65_HS1-834228961_62-HQ-83894_Serial_164
Agency: FBI
Page 24
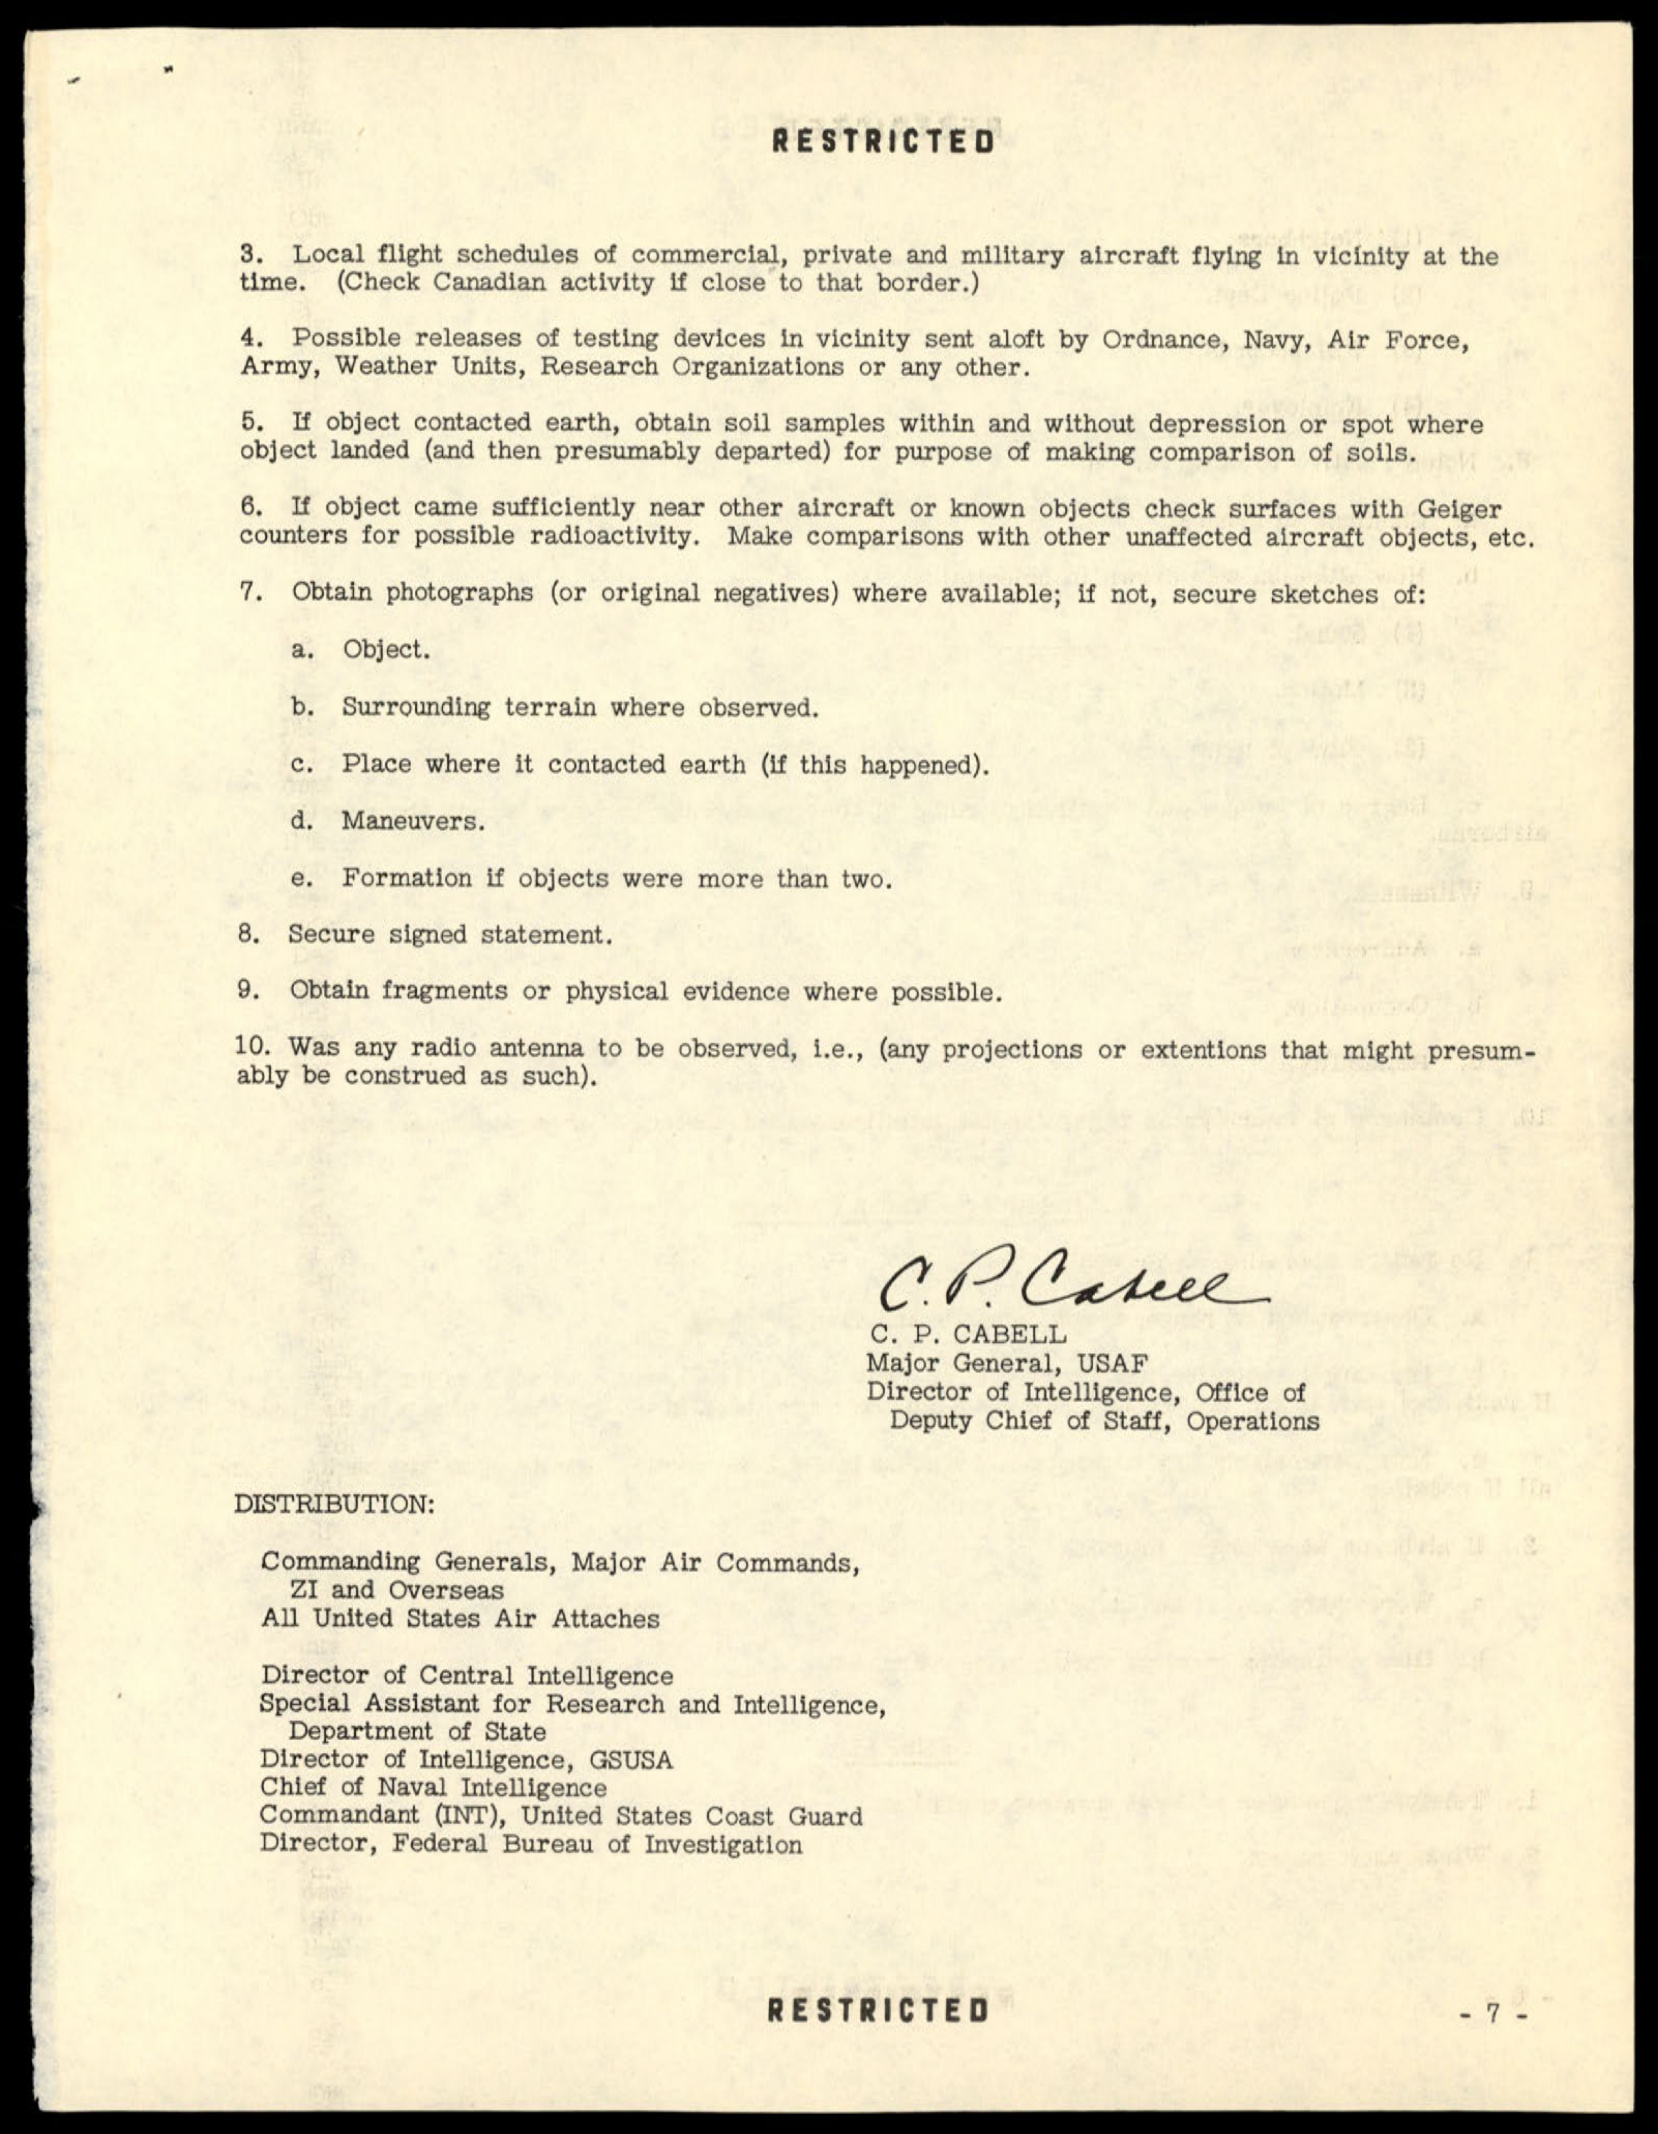